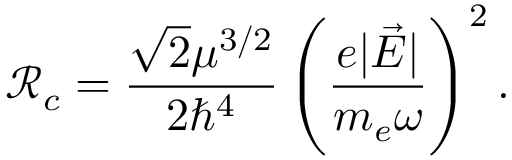
\mathcal { R } _ { c } = \frac { \sqrt { 2 } \mu ^ { 3 / 2 } } { 2 \hbar ^ { 4 } } \left( \frac { e | \vec { E } | } { m _ { e } \omega } \right) ^ { 2 } .